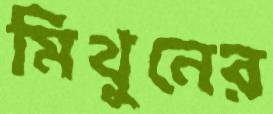
মিথুনের